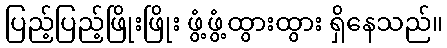
ပြည့်ပြည့်ဖြိုးဖြိုး ဖွံ့ဖွံ့ထွားထွား ရှိနေသည်။